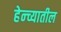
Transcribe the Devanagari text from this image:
हेन्च्यातील